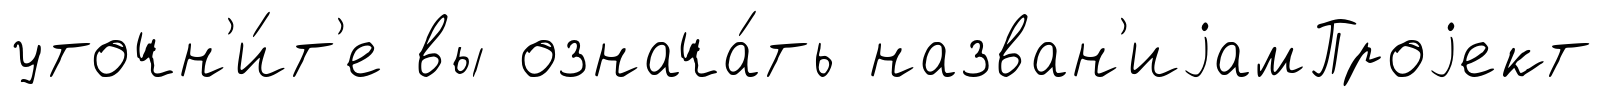
уточн'и́т'е вы означа́ть назван'иjамПроjект